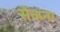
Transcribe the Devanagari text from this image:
सेकना